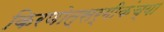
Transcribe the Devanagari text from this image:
किरणोत्सर्गीकंच्या